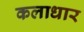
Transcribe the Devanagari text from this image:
कलाधार